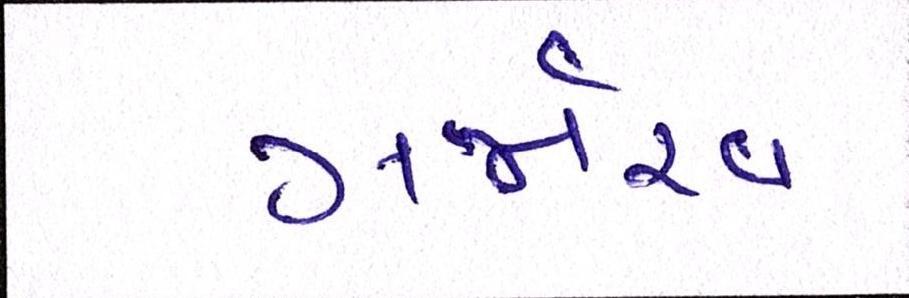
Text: ગર્જારવ